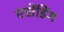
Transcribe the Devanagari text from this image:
एसेंडिंग